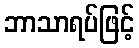
ဘာသာရပ်ဖြင့်